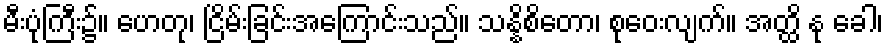
မီးပုံကြီး၌။ ဟေတု၊ ငြိမ်းခြင်းအကြောင်းသည်။ သန္နိစိတော၊ စုဝေးလျက်။ အတ္ထိ နု ခေါ၊